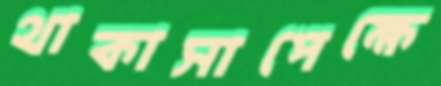
থাকাসাপেক্ষে